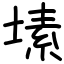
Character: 塐